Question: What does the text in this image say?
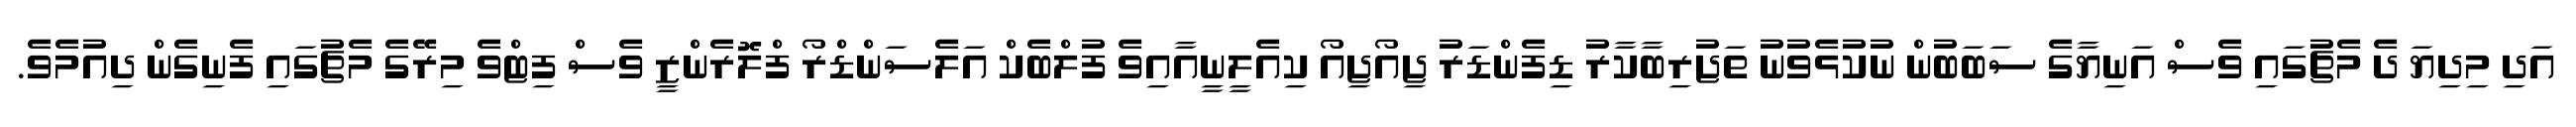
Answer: އަދި މިދިޔަ ދެ މެޗުގައި ވެސް އަނިޔާގެ ސަބަބުން ނުކުޅެވުނު ތަޖުރިބާކާރު ޑިފެންޑަރު ޖިއޯޖިއޯ ކިއެލީނީއާއިވެ ފުލްބެކް އަލެސަންޑްރޯ ފްލޮރެންޒީ ވެސް ފިޓްވެ މިރޭގެ މެޗުގައި ފެނިގެން ދިއުމެވެ.